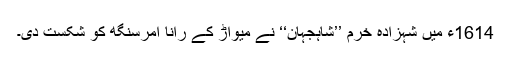
1614ء میں شہزادہ خرم ’’شاہجہان‘‘ نے میواڑ کے رانا امرسنگھ کو شکست دی۔